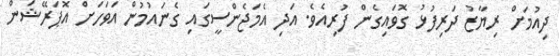
ދިއުމަށް ރިޔާޒު ދަރިފުޅު ގޮވައިގެން ފުރިއެވެ. އަދި އެމަޖެންސީގައި ގެނައުމުން އަވަހަށް އޮޕަރޭޝަން